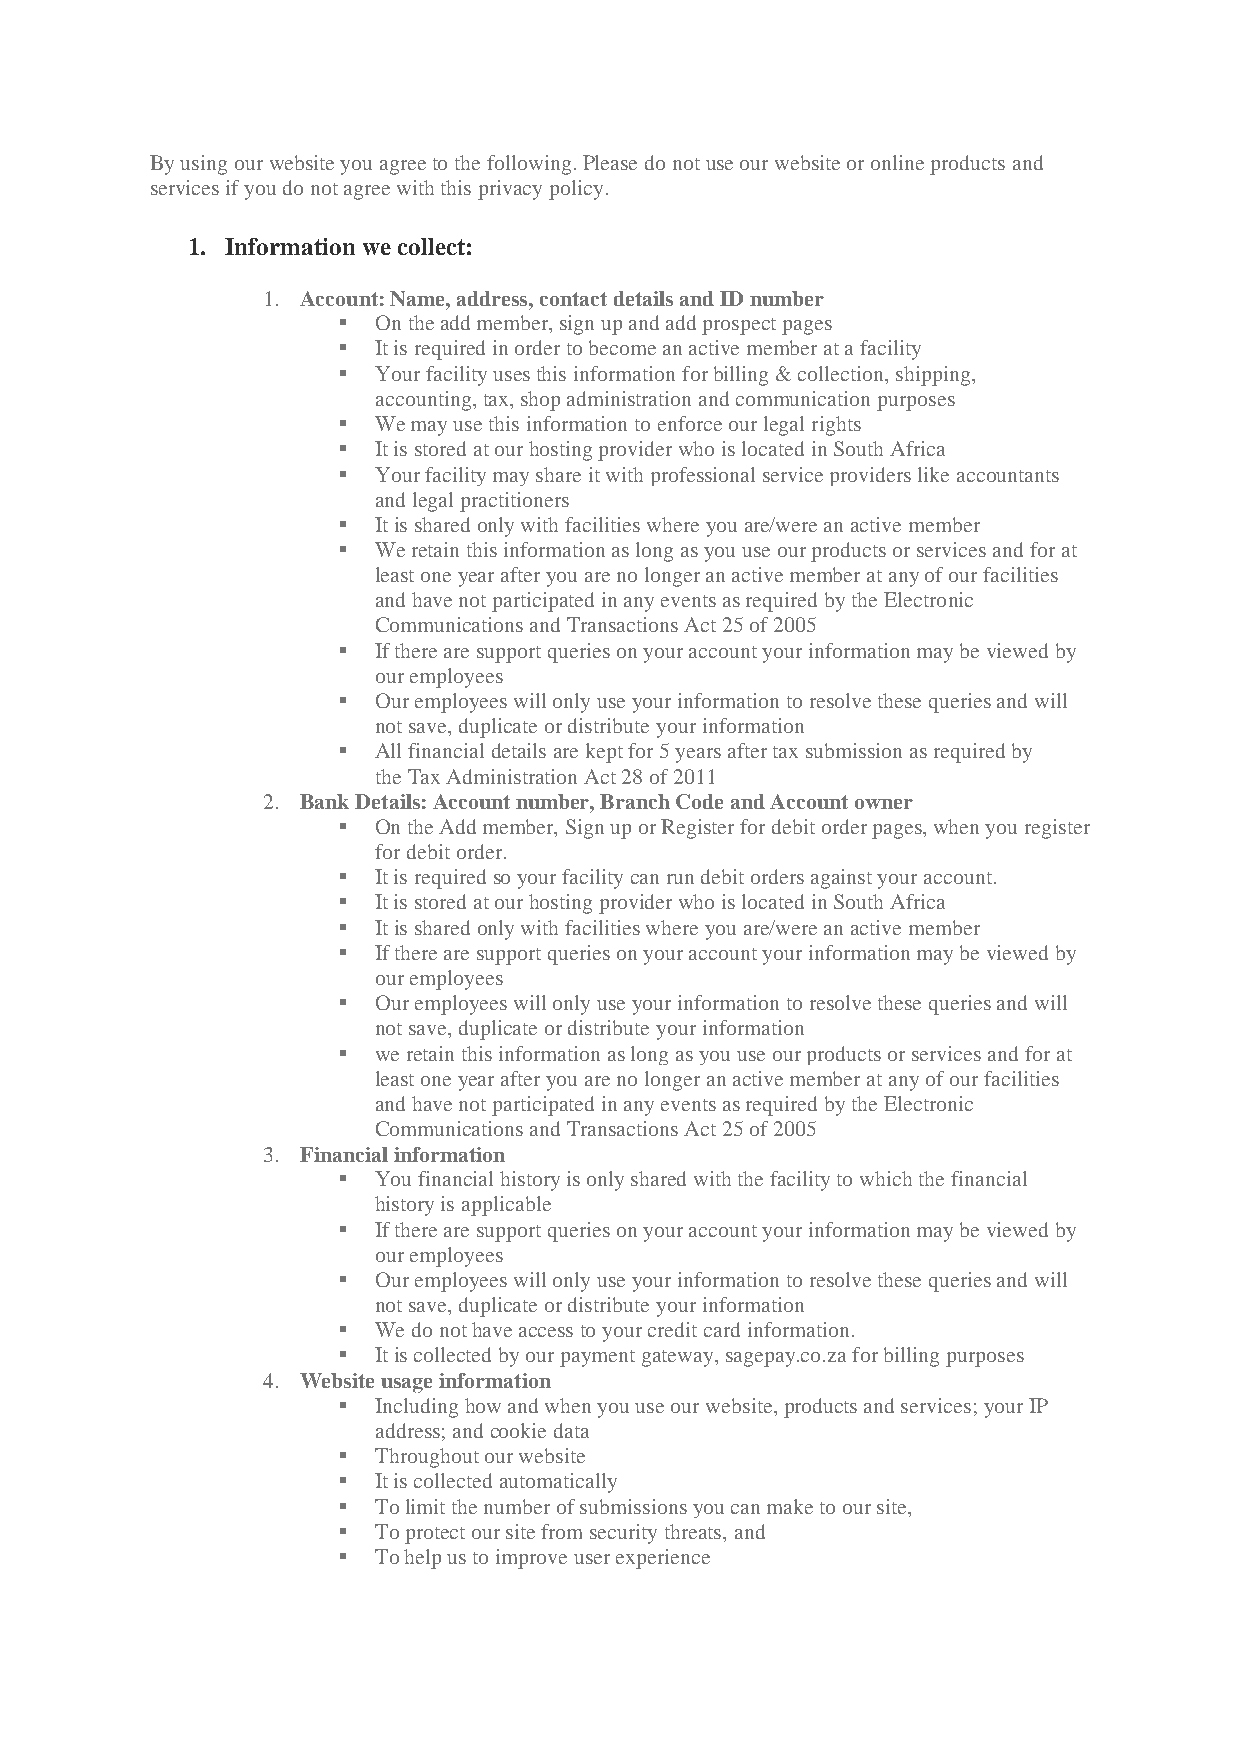
By using our website you agree to the following. Please do not use our website or online products and
 services if you do not agree with this privacy policy.
 1. Information we collect:
 1. Account: Name, address, contact details and ID number
   On the add member, sign up and add prospect pages
   It is required in order to become an active member at a facility
   Your facility uses this information for billing & collection, shipping,
 accounting, tax, shop administration and communication purposes
   We may use this information to enforce our legal rights
   It is stored at our hosting provider who is located in South Africa
   Your facility may share it with professional service providers like accountants
 and legal practitioners
   It is shared only with facilities where you are/were an active member
   We retain this information as long as you use our products or services and for at
 least one year after you are no longer an active member at any of our facilities
 and have not participated in any events as required by the Electronic
 Communications and Transactions Act 25 of 2005
   If there are support queries on your account your information may be viewed by
 our employees
   Our employees will only use your information to resolve these queries and will
 not save, duplicate or distribute your information
   All financial details are kept for 5 years after tax submission as required by
 the Tax Administration Act 28 of 2011
 2. Bank Details: Account number, Branch Code and Account owner
   On the Add member, Sign up or Register for debit order pages, when you register
 for debit order.
   It is required so your facility can run debit orders against your account.
   It is stored at our hosting provider who is located in South Africa
   It is shared only with facilities where you are/were an active member
   If there are support queries on your account your information may be viewed by
 our employees
   Our employees will only use your information to resolve these queries and will
 not save, duplicate or distribute your information
   we retain this information as long as you use our products or services and for at
 least one year after you are no longer an active member at any of our facilities
 and have not participated in any events as required by the Electronic
 Communications and Transactions Act 25 of 2005
 3. Financial information
   You financial history is only shared with the facility to which the financial
 history is applicable
   If there are support queries on your account your information may be viewed by
 our employees
   Our employees will only use your information to resolve these queries and will
 not save, duplicate or distribute your information
   We do not have access to your credit card information.
   It is collected by our payment gateway, sagepay.co.za for billing purposes
 4. Website usage information
   Including how and when you use our website, products and services; your IP
 address; and cookie data
   Throughout our website
   It is collected automatically
   To limit the number of submissions you can make to our site,
   To protect our site from security threats, and
   To help us to improve user experience